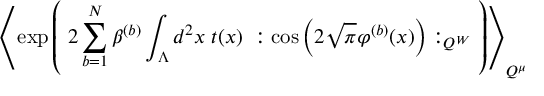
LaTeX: \left\langle \exp \left( \; 2 \sum _ { b = 1 } ^ { N } \beta ^ { ( b ) } \int _ { \Lambda } d ^ { 2 } x \; t ( x ) \; : \cos \left( 2 \sqrt { \pi } \varphi ^ { ( b ) } ( x ) \right) : _ { Q ^ { W } } \; \right) \right\rangle _ { Q ^ { \mu } }